Rangoon Lunatic Asylum 1878-1892 - 1878-1892
Year: 1878
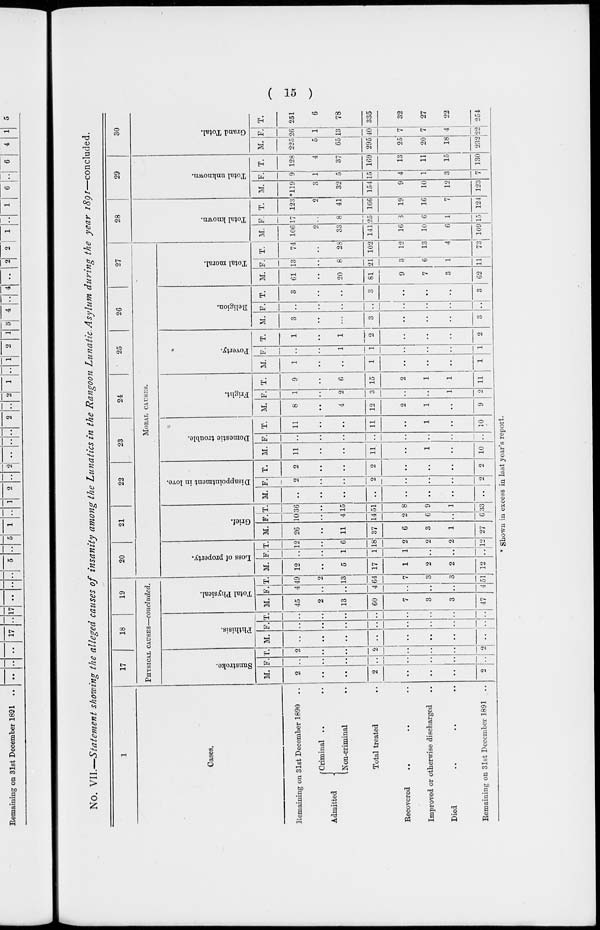
( 15 )
No. VII.—Statement showing the alleged causes of insanity among the Lunatics in the Rangoon Lunatic. Asylum during the year 1891—concluded.
1
Cases.
Remaining on 31st December 1890 ..
Admitted
Criminal .. ..
Non-criminal ..
Total treated ..
Recovered .. .. ..
Improved or otherwise discharged ..
Died .. .. ..
Remaining on 31st December 1891 ..
17
18
19
PHYSICAL CAUSES—concluded.
Sunstroke.
M.
2
..
..
2
..
..
..
2
F.
..
..
..
..
..
..
..
..
T.
2
..
..
2
..
..
..
2
Phthisis.
M.
..
..
..
..
..
..
..
..
F.
..
..
..
..
..
..
..
..
T.
..
..
..
..
..
..
..
..
Total Physical.
M.
45
2
13
60
7
3
3
47
F.
4
..
..
4
..
..
..
4
T.
49
2
13
64
7
3
3
51
20
21
22
23
24
25
26
27
MORAL CAUSES.
Loss of property.
M.
12
..
5
17
1
2
2
12
F.
..
..
1
1
1
..
..
..
T.
12
..
6
18
2
2
2
12
Grief.
M.
26
..
11
37
6
3
1
27
F.
10
..
4
14
2
6
..
6
T.
36
..
15
51
8
9
1
33
Disappointment in love.
M.
..
..
..
..
..
..
..
..
F.
2
..
..
2
..
..
..
2
T.
2
..
..
2
..
..
..
2
Domestic trouble.
M.
11
..
..
11
..
1
..
10
F.
..
..
..
..
..
..
..
..
T.
11
..
..
11
..
1
..
10
Fright.
M.
8
..
4
12
2
1
..
9
F.
1
..
2
3
..
..
1
2
T.
9
..
6
15
2
1
1
11
Poverty.
M.
1
..
..
1
..
..
..
1
F.
..
..
1
1
..
..
..
1
T.
1
..
1
2
..
..
..
2
Religion.
M.
3
..
..
3
..
..
..
3
F.
..
..
..
..
..
..
..
..
T.
3
..
..
3
..
..
..
3
Total moral.
M.
61
..
20
81
9
7
3
62
F.
13
..
8
21
3
6
1
11
T.
74
..
28
102
12
13
4
73
28
Total known.
M.
106
2
33
141
16
10
6
109
F.
17
..
8
25
6
6
1
15
T.
123
2
41
166
19
16
7
124
29
Total unknown.
M.
*119
3
32
154
9
10
12
123
F.
9
1
5
15
4
1
3
7
T.
128
4
37
169
13
11
15
130
30
Grand Total.
M.
225
5
65
295
25
20
18
232
F.
26
1
13
40
7
7
4
22
T.
251
6
78
335
32
27
22
254
* Shown in excess in last year's report.